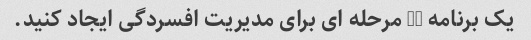
یک برنامه 12 مرحله ای برای مدیریت افسردگی ایجاد کنید.